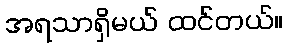
အရသာရှိမယ် ထင်တယ်။